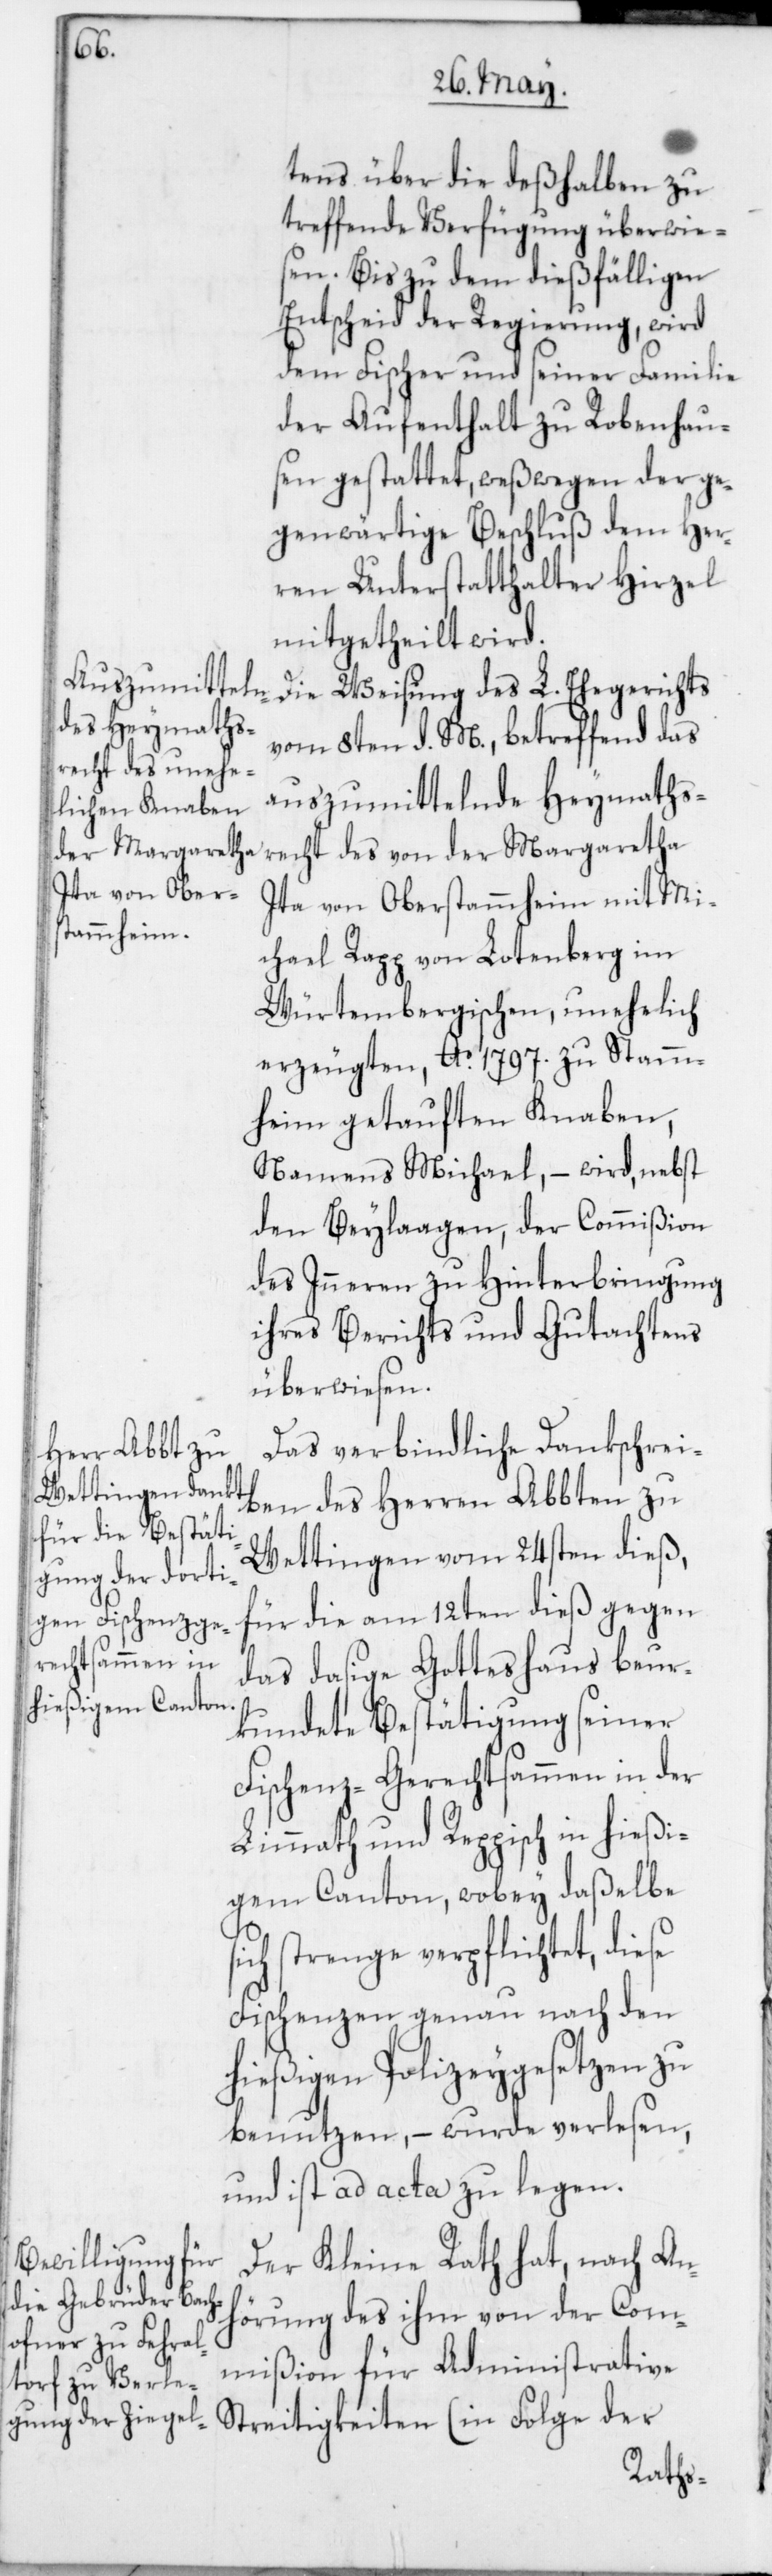
s¬
tens über die deßhalben zu
treffende Verfügung überwie¬
sen. Bis zu dem dießfälligen
Entscheid der Regierung, wird
dem Fischer und seiner Familie
der Aufenthalt zu Robenhau¬
sen gestattet, weßwegen der ge¬
genwärtige Beschluß dem Her¬
ren Unterstatthalter Hirzel
mitgetheilt wird.
Die Weisung des L. Ehegerichts
vom 8ten d. M., betreffend das
auszumittelnde Heymaths¬
recht des von der Margaretha
Ita von Oberstammheim mit Mi¬
chael Rapp von Lotenberg im
Würtembergischen, unehelich
erzeugten, Ao 1797 zu Stamm¬
heim getauften Knaben
Namens Michael, – wird nebst
den Beylaagen, der Commißion
des Inneren zu Hinterbringung
ihres Berichts und Gutachtens
überwiesen.
Das verbindliche Dankschrei¬
ben des Herren Abbten zu
Wettingen vom 24sten dieß,
für die am 12ten dieß gegen
das dasige Gotteshaus beur¬
kundete Bestätigung seiner
Fischenz-Gerechtsammen in der
Limmath und Reppisch in hießi¬
gem Canton, wobey daßelbe
ich strenge verpflichtet, diese
Fischenzen genau nach den
hießigen Polizeygesetzen zu
benutzen, – wurde verlesen
und ist ad acta zu legen.
Der Kleine Rath hat, nach An¬
hörung des ihm von der Com¬
mißion für Administrative
Streitigkeiten (in Folge der